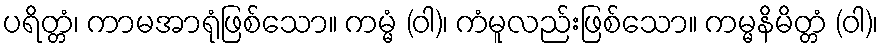
ပရိတ္တံ၊ ကာမအာရုံဖြစ်သော။ ကမ္မံ (ဝါ)၊ ကံမူလည်းဖြစ်သော။ ကမ္မနိမိတ္တံ (ဝါ)၊